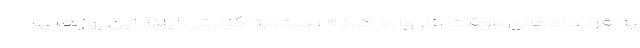
به قراردادهای موقت کار وارد کرده است. به گزارش ایلنا، این روزها ب